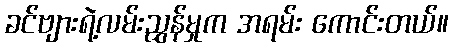
ခင်ဗျားရဲ့လမ်းညွှန်မှုက အရမ်း ကောင်းတယ်။